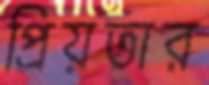
প্রিয়তার